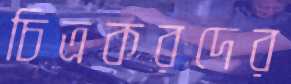
চিত্রকরদের